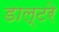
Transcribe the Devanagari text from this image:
डाल्टरे